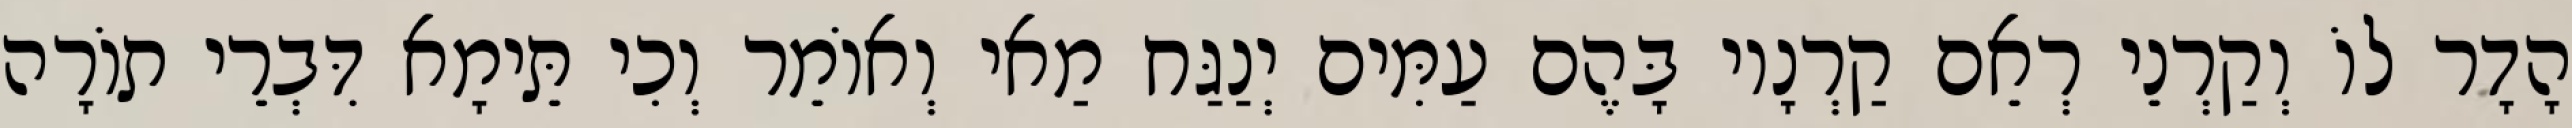
הָדָר לוֹ וְקַרְנֵי רְאֵם קַרְנָיו בָּהֶם עַמִּים יְנַגַּח מַאי וְאוֹמֵר וְכִי תֵּימָא דִּבְרֵי תוֹרָה